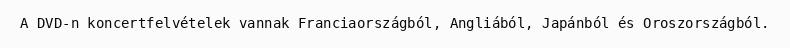
A DVD-n koncertfelvételek vannak Franciaországból, Angliából, Japánból és Oroszországból.